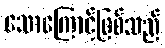
သောကြောင့်ဖြစ်သည်